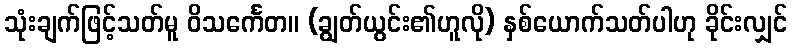
သုံးချက်ဖြင့်သတ်မူ ဝိသင်္ကေတ။ (ချွတ်ယွင်း၏ဟူလို) နှစ်ယောက်သတ်ပါဟု ခိုင်းလျှင်